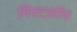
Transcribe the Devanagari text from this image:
गिफ्टशॉप